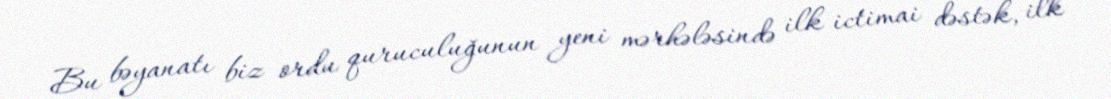
Bu bəyanatı biz ordu quruculuğunun yeni mərhələsində ilk ictimai dəstək, ilk